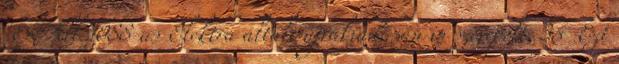
'Em All 1988-as Elektra általi újrakiadásán is szerepelt. 36 Ezt